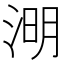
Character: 𣷠